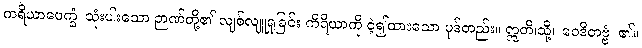
ကရိယာပေက္ခံ၊ သုံးပါးသော ဉာဏ်တို့၏ လျစ်လျူရှုခြင်း ကိရိယာကို ငဲ့၍ထားသော ပုဒ်တည်း။ ဣတိ၊သို့။ ဝေဒိတဗ္ဗံ၊ ၏။